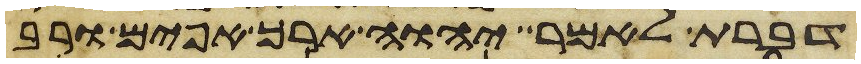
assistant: דברת לאמר יהוה ארך אפים ורב